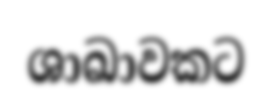
ශාඛාවකට